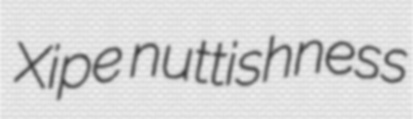
Xipe nuttishness